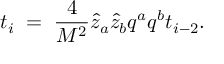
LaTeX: t _ { i } \; = \; { \frac { 4 } { M ^ { 2 } } } \hat { z } _ { a } \hat { z } _ { b } q ^ { a } q ^ { b } t _ { i - 2 } .